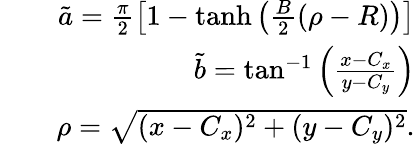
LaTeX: \begin{array}{rlr}&{}&{\tilde{a}=\frac{\pi}{2}\left[1-\operatorname{tanh}\left(\frac{B}{2}(\rho-R)\right)\right]}\\ &{}&{\tilde{b}=\tan^{-1}\left(\frac{x-C_{x}}{y-C_{y}}\right)}\\ &{}&{\rho=\sqrt{(x-C_{x})^{2}+(y-C_{y})^{2}}.}\end{array}